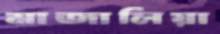
মাজালিয়া